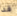
قد